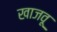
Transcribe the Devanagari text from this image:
खाजवू